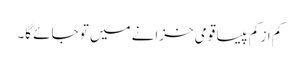
کم از کم پیسا قومی خزانے میں تو جائے گا۔